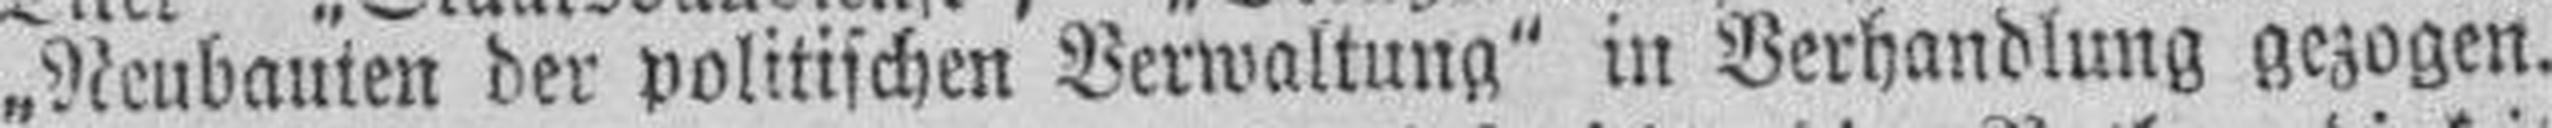
„Neubauten der politischen Verwaltung" in Verhandlung gezogen.